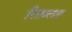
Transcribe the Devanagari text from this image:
रितब्लात